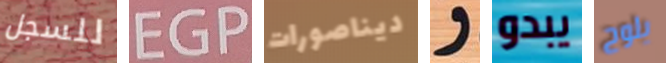
للسجل EGP ديناصورات و يبدو يلوح